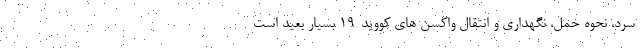
سرد، نحوه حمل، نگهداری و انتقال واکسن های کووید-۱۹ بسیار بعید است